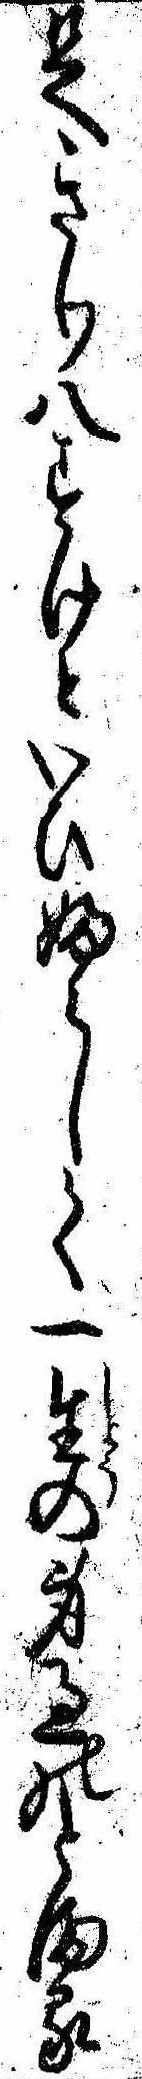
足きり八すけといひふらして一生の身過のとまる